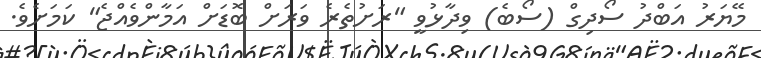
މޭޔަރު އަބްދު ސޯދިގް (ސޯބެ) ވިދާޅުވީ "ރަށުތެރެ ވަރަށް ބޮޑަށް އަމާންވެއްޖެ" ކަމަށެވެ.